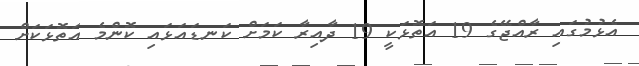
އެޅުމުގައި ރާއްޖޭގެ 19 އަތޮޅަކީ 19 ދާއިރާ ކަމަށް ކަނޑައަޅައި ކޮންމެ އަތޮޅަކަށް